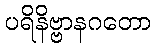
ပရိနိဗ္ဗာနဂတော